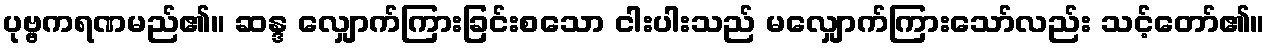
ပုဗ္ဗကရဏမည်၏။ ဆန္ဒ လျှောက်ကြားခြင်းစသော ငါးပါးသည် မလျှောက်ကြားသော်လည်း သင့်တော်၏။